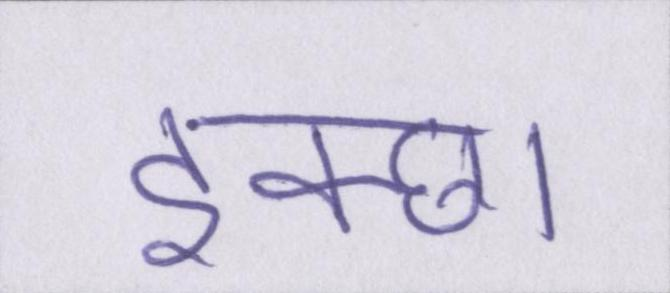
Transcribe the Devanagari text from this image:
इक्छा